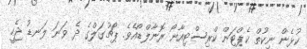
ކުޅެން ނިކުތް ކެޕްޓަން ކްރިސްޓިއާނޯ ރޮނާލްޑޯއެވެ. ޕޯޗުގަލްގެ ދެ ވަނަ ލަނޑު ޖެހީ